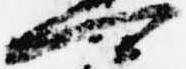
可